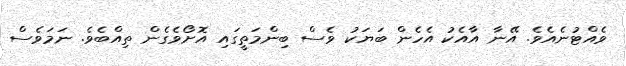
ވެއްޓުނެއެވެ. އޭނާ އާއެކު އެހެން ބަޔަކު ވެސް ބިންމަތީގައި އޮށޯވެގެން ތިއްބެވެ. ނަމަވެސް